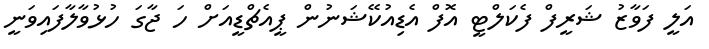
އަލީ ފަވާޒު ޝަރީފް ފެކަލްޓީ އޮފް އެޑިއުކޭޝަނުން ޕީއެޗްޑީއަށް ހަ ޖާގަ ހުޅުވާލާފައިވަނީ